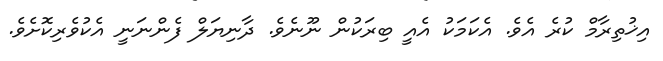
އިޚުތިރާމް ކުރެ އެވެ. އެކަމަކު އެއީ ބިރަކުން ނޫނެވެ. ދާނިޔަލް ފެންނަނީ އެކުވެރިކޮށެވެ.